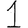
Digit: 1